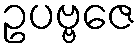
ဥပဗ္ဗဇေ